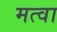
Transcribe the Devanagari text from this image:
मत्वा